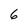
Character: 6